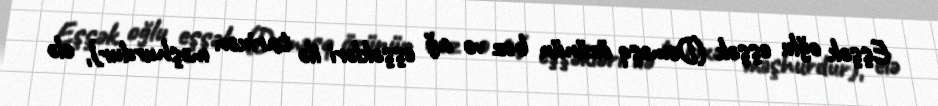
Eşşək oğlu eşşək (Dəməşq özünün boz və ağ eşşəkləri ilə tarixən məşhurdur), elə